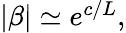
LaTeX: \begin{array}{r}{|\beta|\simeq e^{c/L},}\end{array}